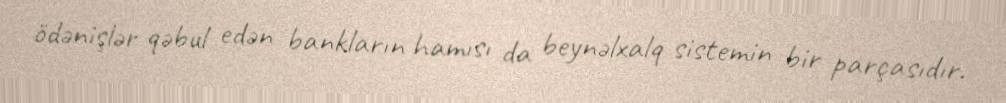
ödənişlər qəbul edən bankların hamısı da beynəlxalq sistemin bir parçasıdır.